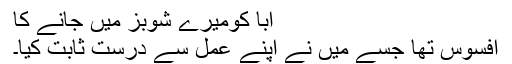
ابا کومیرے شوبز میں جانے کا
افسوس تھا جسے میں نے اپنے عمل سے درست ثابت کیا۔